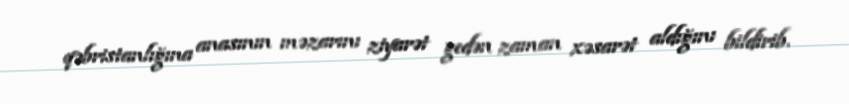
qəbristanlığına anasının məzarını ziyarət gedən zaman xəsarət aldığını bildirib.